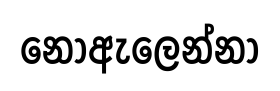
නොඇලෙන්නා